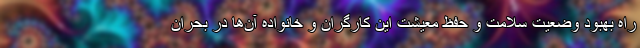
راه بهبود وضعیت سلامت و حفظ معیشت این کارگران و خانواده آن‌ها در بحران